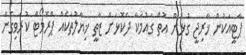
ޕާޓީއަކުން ޚާރިޖީ ގުޅުން އޮތް ގައުމަކާ ދެކޮޅަށް ޒާތީ ޚިޔާލުތަކެއް ޕްރޮމޯޓް ކުރެވިގެން